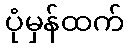
ပုံမှန်ထက်